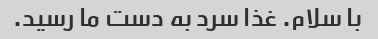
با سلام. غذا سرد به دست ما رسید.